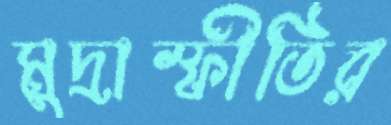
মুদ্রাস্ফীতির